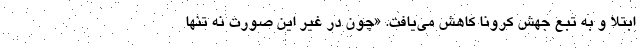
ابتلا و به تبع جهش کرونا کاهش می‌یافت. «چون در غیر این صورت نه تنها